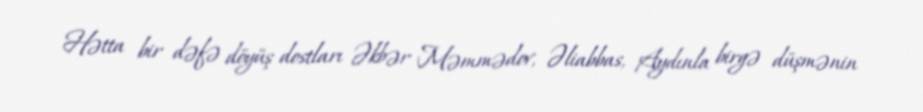
Hətta bir dəfə döyüş dostları Əkbər Məmmədov, Əliabbas, Aydınla birgə düşmənin